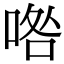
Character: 𠴰